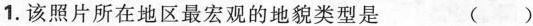
1.该照片所在地区最宏观的地貌类型是